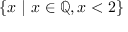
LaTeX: \{ x \ | \ x \in \mathbb { Q } , x < 2 \}